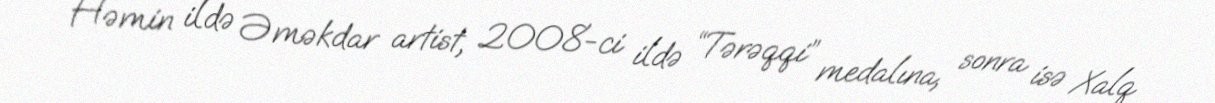
Həmin ildə Əməkdar artist, 2008-ci ildə “Tərəqqi” medalına, sonra isə Xalq